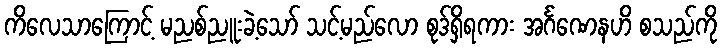
ကိလေသာကြောင့် မညစ်ညူးခဲ့သော် သင့်မည်လော စုဒ်ရှိရကား အင်္ဂဏေနဟိ စသည်ကို